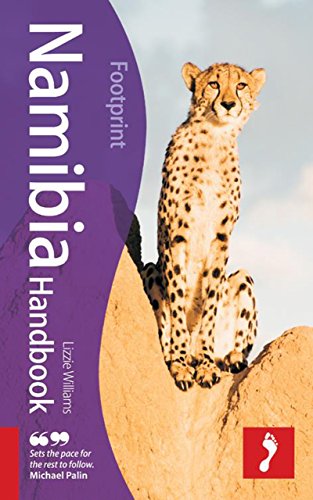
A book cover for Namibia Handbook, 6th: Travel Guide to Namibia (Footprint - Handbooks); Lizzie Williams; Travel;